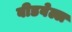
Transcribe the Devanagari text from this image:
बीडवेल्ल